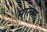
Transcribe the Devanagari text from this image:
मात्जा